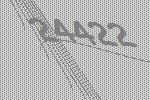
24422